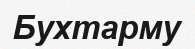
Бухтарму